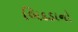
બિદડાનો